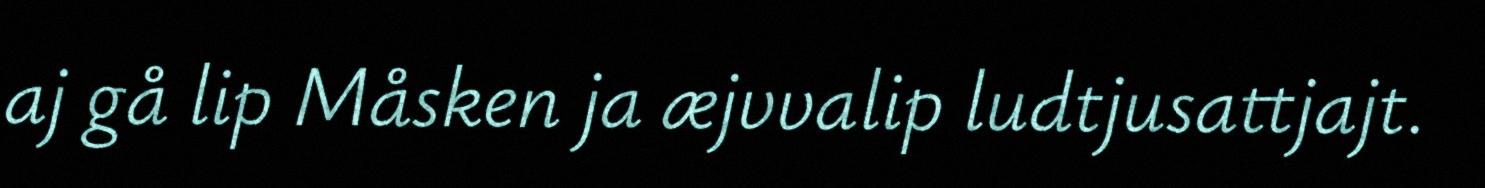
aj gå lip Måsken ja æjvvalip ludtjusattjajt.